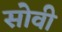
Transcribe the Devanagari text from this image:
सोवी